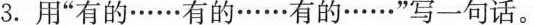
3. 用”有的……有的……有的……”写一句话。